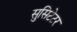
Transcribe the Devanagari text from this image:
सुसिटेटर